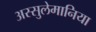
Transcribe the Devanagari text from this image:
अस्सुलेमानिया